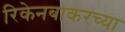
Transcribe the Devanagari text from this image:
रिकेनबाकरच्या